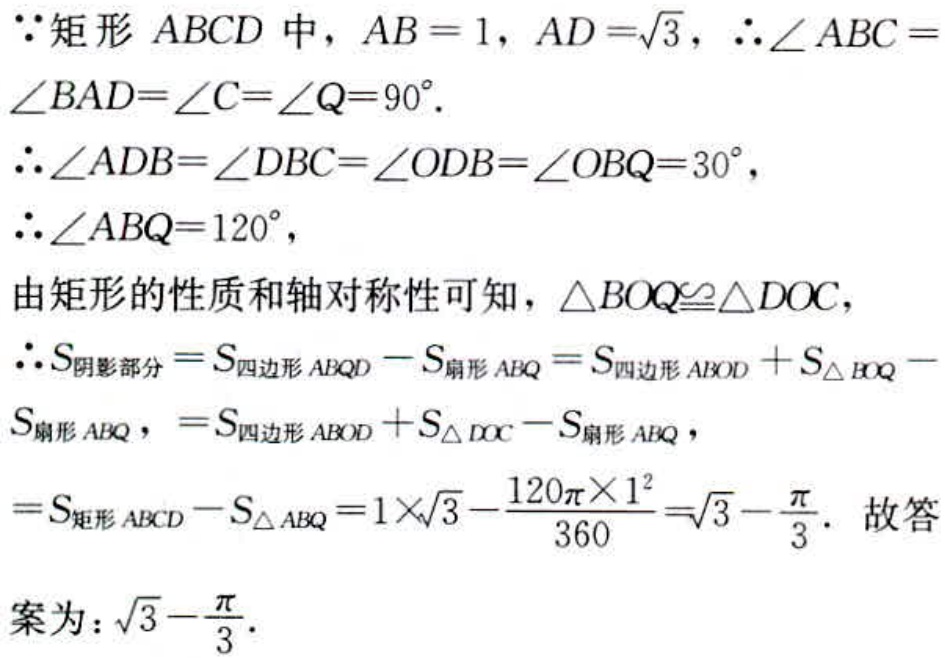
\( \because\)矩形 \(ABCD\) 中，\(AB = 1\)，\(AD =\sqrt{3}\)，\(\therefore\angle ABC =\angle BAD=\angle C=\angle Q = 90^{\circ}\).
\(\therefore\angle ADB=\angle DBC=\angle ODB=\angle OBQ = 30^{\circ}\)，
\(\therefore\angle ABQ = 120^{\circ}\)，
由矩形的性质和轴对称性可知，\(\triangle BOQ\cong\triangle DOC\)，
\(\therefore S_{阴影部分}=S_{四边形ABQD}-S_{扇形ABQ}=S_{四边形ABOD}+S_{\triangle BOQ}-S_{扇形ABQ}\)，\(=S_{四边形ABOD}+S_{\triangle DOC}-S_{扇形ABQ}\)，
\(=S_{矩形ABCD}-S_{\triangle ABQ}=1\times\sqrt{3}-\frac{120\pi\times1^{2}}{360}=\sqrt{3}-\frac{\pi}{3}\). 故答
案为：\(\sqrt{3}-\frac{\pi}{3}\).